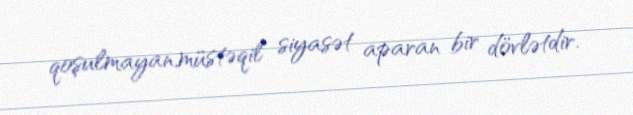
qoşulmayan,müstəqil siyasət aparan bir dövlətdir.